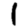
Digit: 1